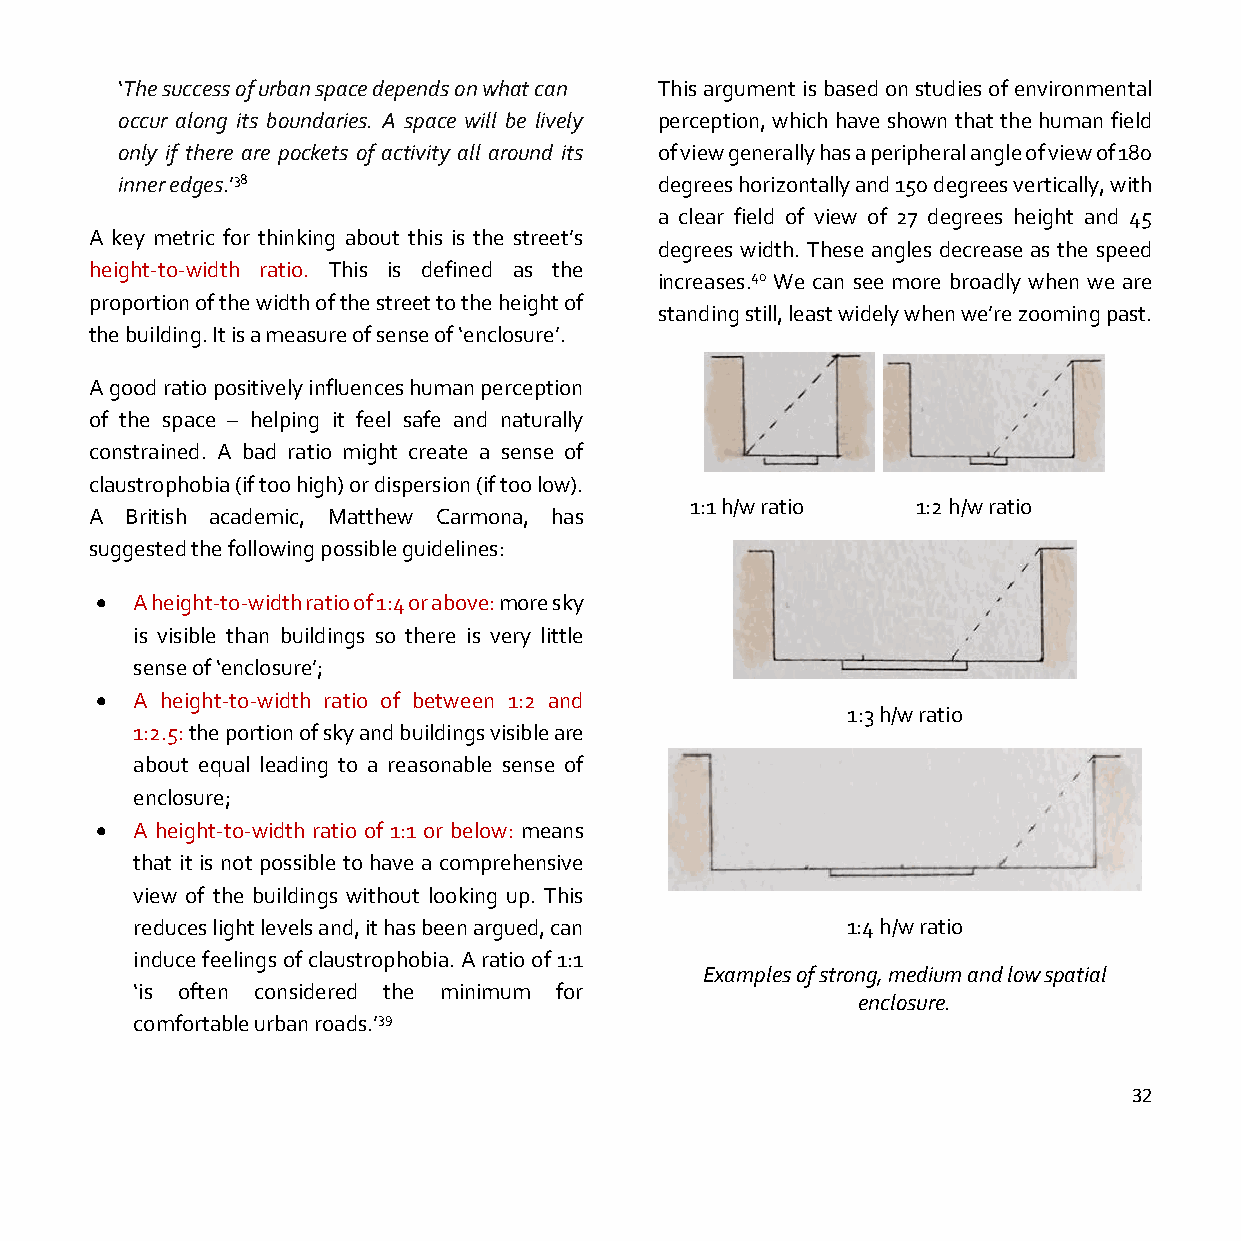
‘The success of urban space depends on what can This argument is based on studies of environmental
 occur along its boundaries. A space will be lively perception, which have shown that the human field
 only if there are pockets of activity all around its of view generally has a peripheral angle of view of 180
 inner edges.’38                     degrees horizontally and 150 degrees vertically, with
 a clear field of view of 27 degrees height and 45
 A key metric for thinking about this is the street’s
 degrees width. These angles decrease as the speed
 height-to-width ratio. This is defined as the
 increases.40 We can see more broadly when we are
 proportion of the width of the street to the height of
 standing still, least widely when we’re zooming past.
 the building. It is a measure of sense of ‘enclosure’.
 A good ratio positively influences human perception
 of the space – helping it feel safe and naturally
 constrained. A bad ratio might create a sense of
 claustrophobia (if too high) or dispersion (if too low).
 1:1 h/w ratio  1:2 h/w ratio
 A British academic, Matthew Carmona, has
 suggested the following possible guidelines:
 •  A height-to-width ratio of 1:4 or above: more sky
 is visible than buildings so there is very little
 sense of ‘enclosure’;
 •  A height-to-width ratio of between 1:2 and
 1:3 h/w ratio
 1:2.5: the portion of sky and buildings visible are
 about equal leading to a reasonable sense of
 enclosure;
 •  A height-to-width ratio of 1:1 or below: means
 that it is not possible to have a comprehensive
 view of the buildings without looking up. This
 reduces light levels and, it has been argued, can 1:4 h/w ratio
 induce feelings of claustrophobia. A ratio of 1:1
 Examples of strong, medium and low spatial
 ‘is often considered the minimum for
 enclosure.
 comfortable urban roads.’39
 32